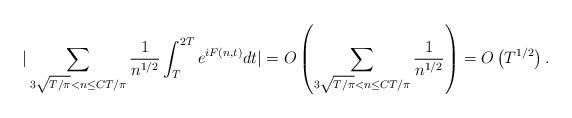
LaTeX: \begin{align*}\vert \sum_{3\sqrt{T/\pi} < n \leq CT/\pi}\frac{1}{n^{{1}/{2}}}\int_{T}^{2T} e^{i F(n,t)} dt\vert = O\left(\sum_{3\sqrt{T/\pi} < n \leq CT/\pi} \frac{1}{n^{1/2}} \right) = O\left(T^{1/2} \right).\end{align*}